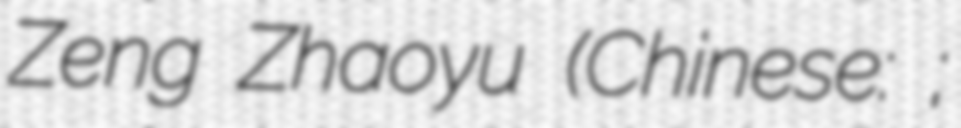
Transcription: Zeng Zhaoyu (Chinese: 曾昭燏;